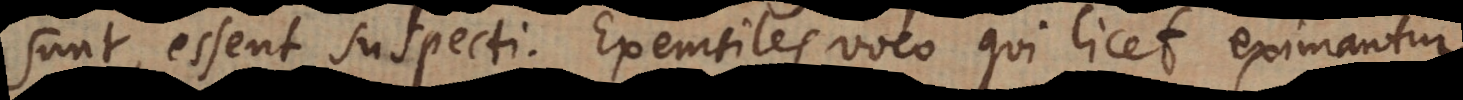
sunt, essent suspecti. Exemtiles voco qui licet eximantur,